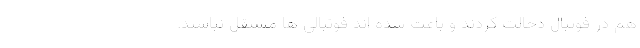
هم در فوتبال دخالت کردند و باعث شده اند فوتبالی ها مستقل نباشند.